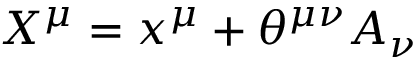
X ^ { \mu } = x ^ { \mu } + \theta ^ { \mu \nu } A _ { \nu }